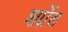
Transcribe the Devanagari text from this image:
शर्प्नेल